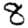
Digit: 8